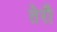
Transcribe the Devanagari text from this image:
तेरौ